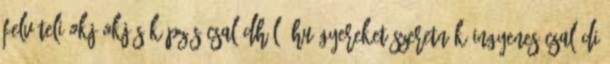
felvételi okj okj-s képzés Családháló.hu Gyereket szeretnék Ingyenes családi